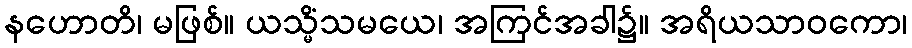
နဟောတိ၊ မဖြစ်။ ယသ္မိံသမယေ၊ အကြင်အခါ၌။ အရိယသာဝကော၊